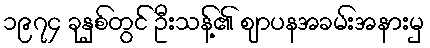
၁၉၇၄ ခုနှစ်တွင် ဦးသန့်၏ ဈာပနအခမ်းအနားမှ